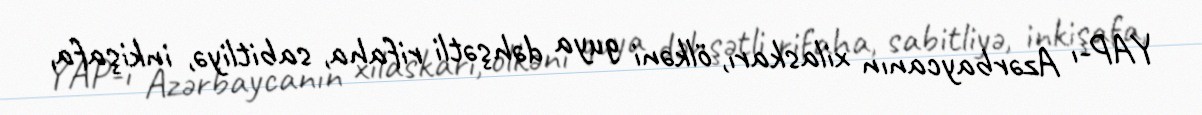
YAP-ı Azərbaycanın xilaskarı, ölkəni guya dəhşətli rifaha, sabitliyə, inkişafa,